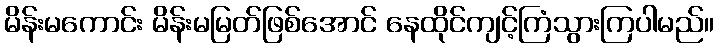
မိန်းမကောင်း မိန်းမမြတ်ဖြစ်အောင် နေထိုင်ကျင့်ကြံသွားကြပါမည်။